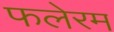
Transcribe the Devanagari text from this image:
फलेरम